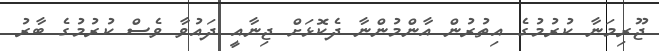
ޖޫރިމަނާ ކުރުމުގެ އިތުރުން އާންމުންނާ ދެކޮޅަށް ޖިނާއީ ދައުވާ ވެސް ކުރުމުގެ ބާރު